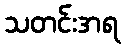
သတင်းအရ